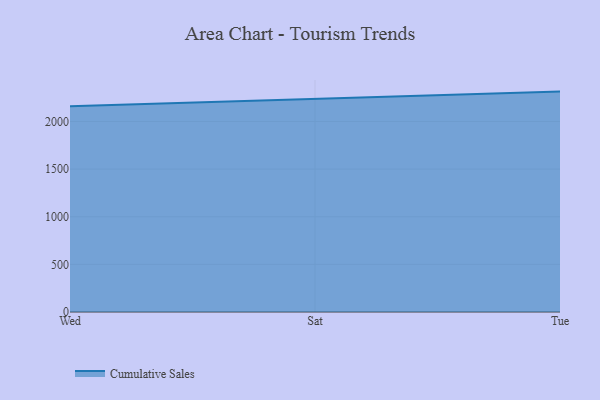
{"axis": {"x": "Day", "y": "Net Income (USD K)"}, "legend": ["Cumulative Sales"], "data": [{"x": "Wed", "y": 2158.5, "type": "Cumulative Sales"}, {"x": "Sat", "y": 2237.5, "type": "Cumulative Sales"}, {"x": "Tue", "y": 2313.5, "type": "Cumulative Sales"}]}